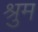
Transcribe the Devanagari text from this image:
श्रुम